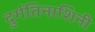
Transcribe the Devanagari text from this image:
दुर्गतिनाशिनी